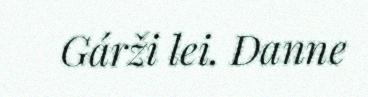
Gárži lei. Danne